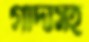
গাদাসহ